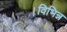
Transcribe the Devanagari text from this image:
।विभिन्न